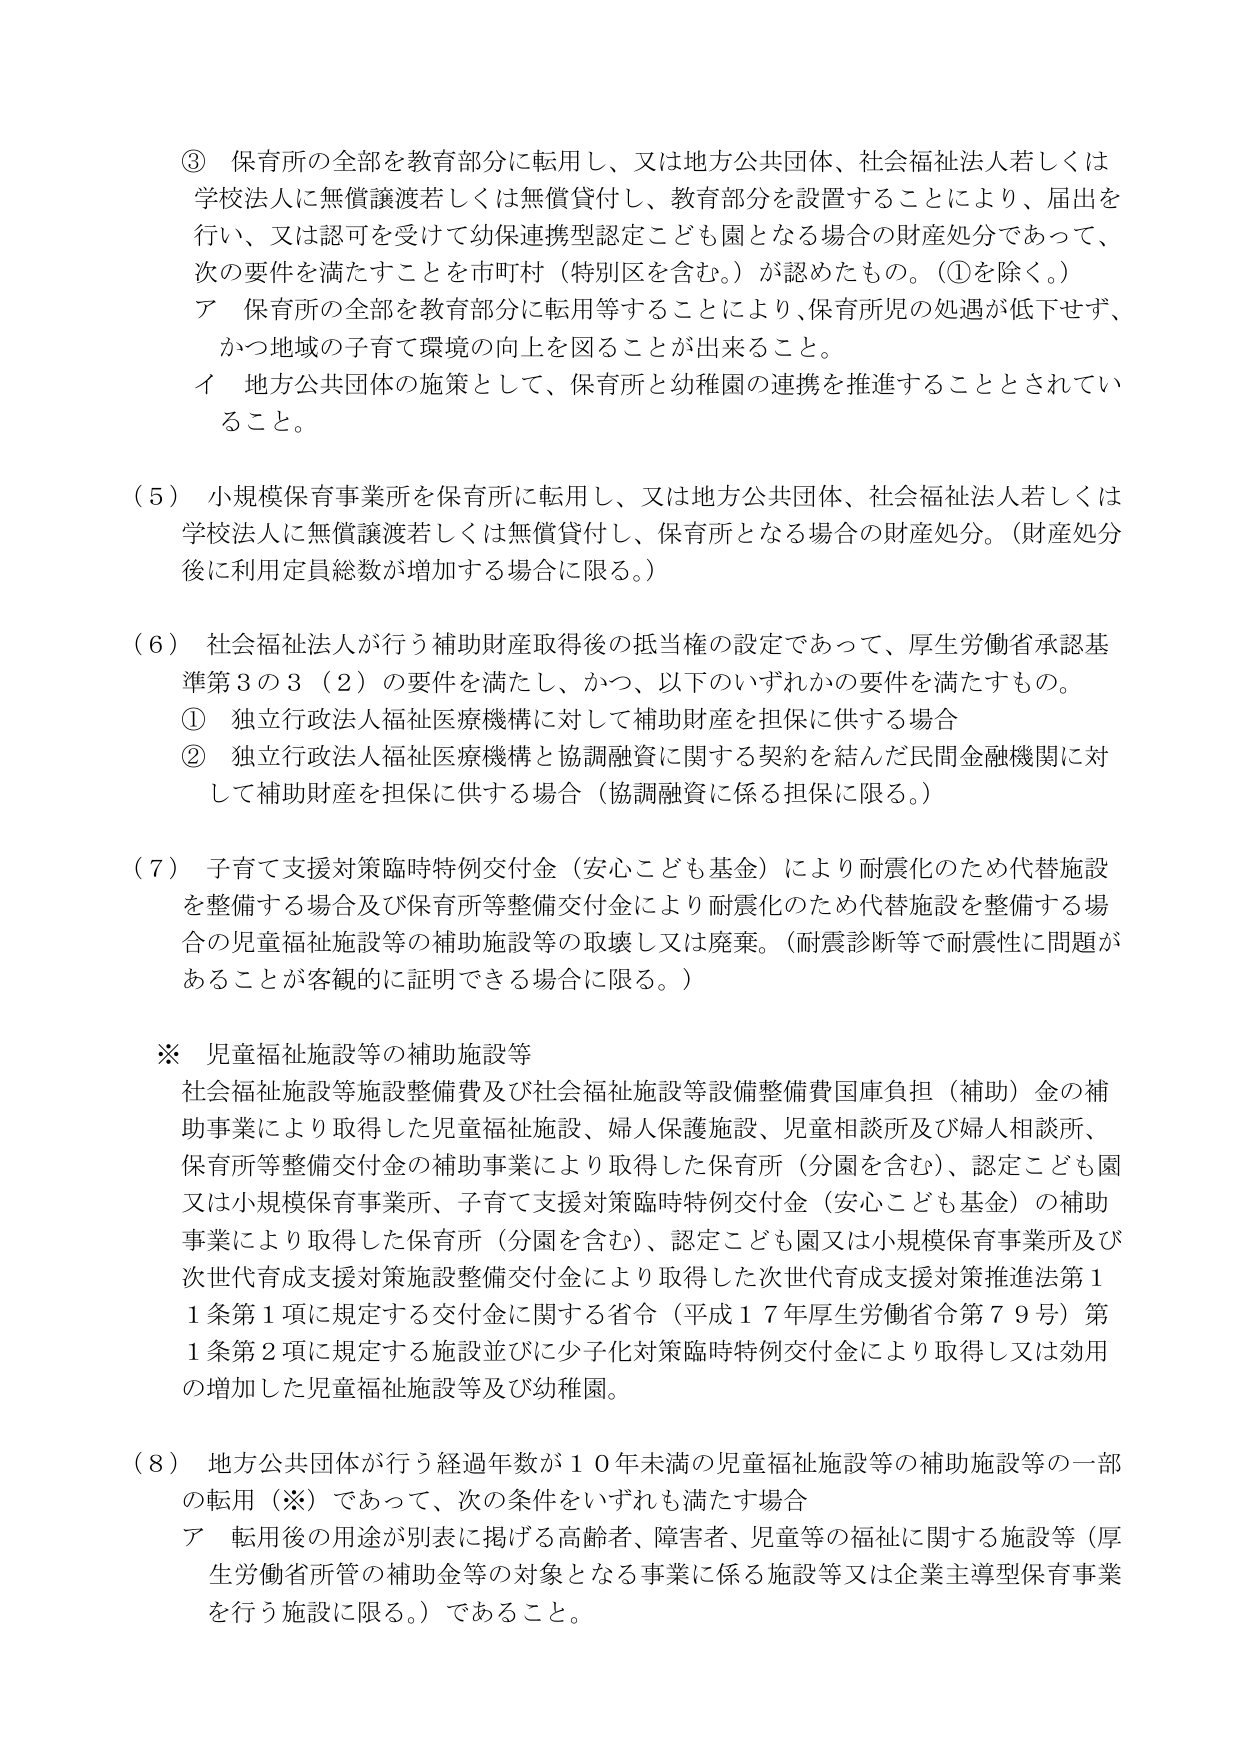
③ 保育所の全部を教育部分に転用し、又は地方公共団体、社会福祉法人若しくは学校法人に無償譲渡若しくは無償貸付し、教育部分を設置することにより、届出を行い、又は認可を受けて幼保連携型認定こども園となる場合の財産処分であって、次の要件を満たすことを市町村（特別区を含む。）が認めたもの。（①を除く。）
ア 保育所の全部を教育部分に転用等することにより、保育所児の処遇が低下せず、かつ地域の子育て環境の向上を図ることが出来ること。
イ 地方公共団体の施策として、保育所と幼稚園の連携を推進することとされていること。

（５） 小規模保育事業所を保育所に転用し、又は地方公共団体、社会福祉法人若しくは学校法人に無償譲渡若しくは無償貸付し、保育所となる場合の財産処分。（財産処分後に利用定員総数が増加する場合に限る。）

（６） 社会福祉法人が行う補助財産取得後の抵当権の設定であって、厚生労働省承認基準第３の３（２）の要件を満たし、かつ、以下のいずれかの要件を満たすもの。
① 独立行政法人福祉医療機構に対して補助財産を担保に供する場合
② 独立行政法人福祉医療機構と協調融資に関する契約を結んだ民間金融機関に対して補助財産を担保に供する場合（協調融資に係る担保に限る。）

（７） 子育て支援対策臨時特例交付金（安心こども基金）により耐震化のため代替施設を整備する場合及び保育所等整備交付金により耐震化のため代替施設を整備する場合の児童福祉施設等の補助施設等の取壊し又は廃棄。（耐震診断等で耐震性に問題があることが客観的に証明できる場合に限る。）

※ 児童福祉施設等の補助施設等
社会福祉施設等施設整備費及び社会福祉施設等設備整備費国庫負担（補助）金の補助事業により取得した児童福祉施設、婦人保護施設、児童相談所及び婦人相談所、保育所等整備交付金の補助事業により取得した保育所（分園を含む）、認定こども園又は小規模保育事業所、子育て支援対策臨時特例交付金（安心こども基金）の補助事業により取得した保育所（分園を含む）、認定こども園又は小規模保育事業所及び次世代育成支援対策施設整備交付金により取得した次世代育成支援対策推進法第１１条第１項に規定する交付金に関する省令（平成１７年厚生労働省令第７９号）第１条第２項に規定する施設並びに少子化対策臨時特例交付金により取得し又は効用の増加した児童福祉施設等及び幼稚園。

（８） 地方公共団体が行う経過年数が１０年未満の児童福祉施設等の補助施設等の一部の転用（※）であって、次の条件をいずれも満たす場合
ア 転用後の用途が別表に掲げる高齢者、障害者、児童等の福祉に関する施設等（厚生労働省所管の補助金等の対象となる事業に係る施設等又は企業主導型保育事業を行う施設に限る。）であること。